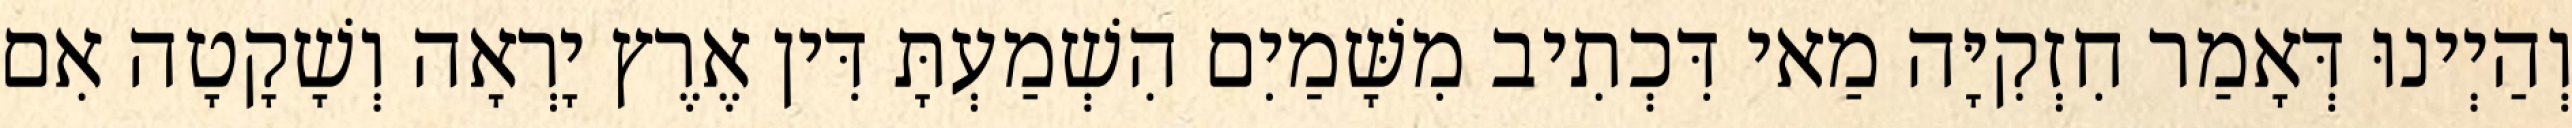
וְהַיְינוּ דְּאָמַר חִזְקִיָּה מַאי דִּכְתִיב מִשָּׁמַיִם הִשְׁמַעְתָּ דִּין אֶרֶץ יָרְאָה וְשָׁקָטָה אִם